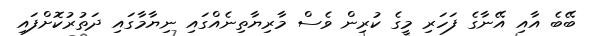
ބޭބެ އާއި އޭނާގެ ފަހަރި މީގެ ކުރިން ވެސް މާރިޔާތިނެއްގައި ނިޔާމާގައި ދަތުރުކޮށްފައި